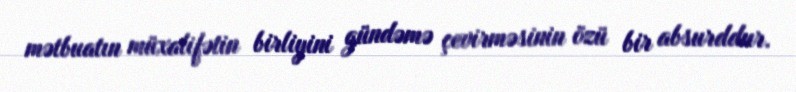
mətbuatın müxalifətin birliyini gündəmə çevirməsinin özü bir absurddur.